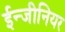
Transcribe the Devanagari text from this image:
ईन्जीनियर